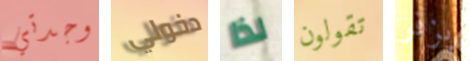
وجدتي دخولي لذا تقولون يزفر